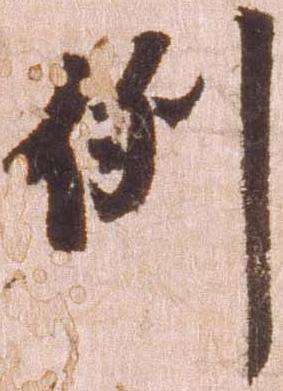
例